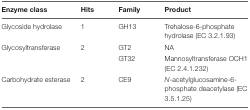
<table><thead><tr><td><b>Enzyme class</b></td><td><b>Hits</b></td><td><b>Family</b></td><td><b>Product</b></td></tr></thead><tbody><tr><td>Glycoside hydrolase</td><td>1</td><td>GH13</td><td>Trehalose-6-phosphate hydrolase (EC 3.2.1.93)</td></tr><tr><td>Glycosyltransferase</td><td>2</td><td>GT2</td><td>NA</td></tr><tr><td></td><td></td><td>GT32</td><td>Mannosyltransferase OCH1 (EC 2.4.1.232)</td></tr><tr><td>Carbohydrate esterase</td><td>2</td><td>CE9</td><td><i>N</i>-acetylglucosamine -6-phosphate deacetylase (EC 3.5.1.25)</td></tr></tbody></table>